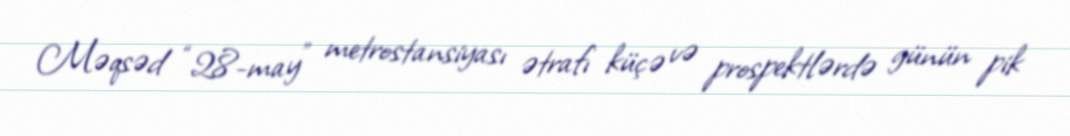
Məqsəd “28-may” metrostansiyası ətrafı küçə və prospektlərdə günün pik